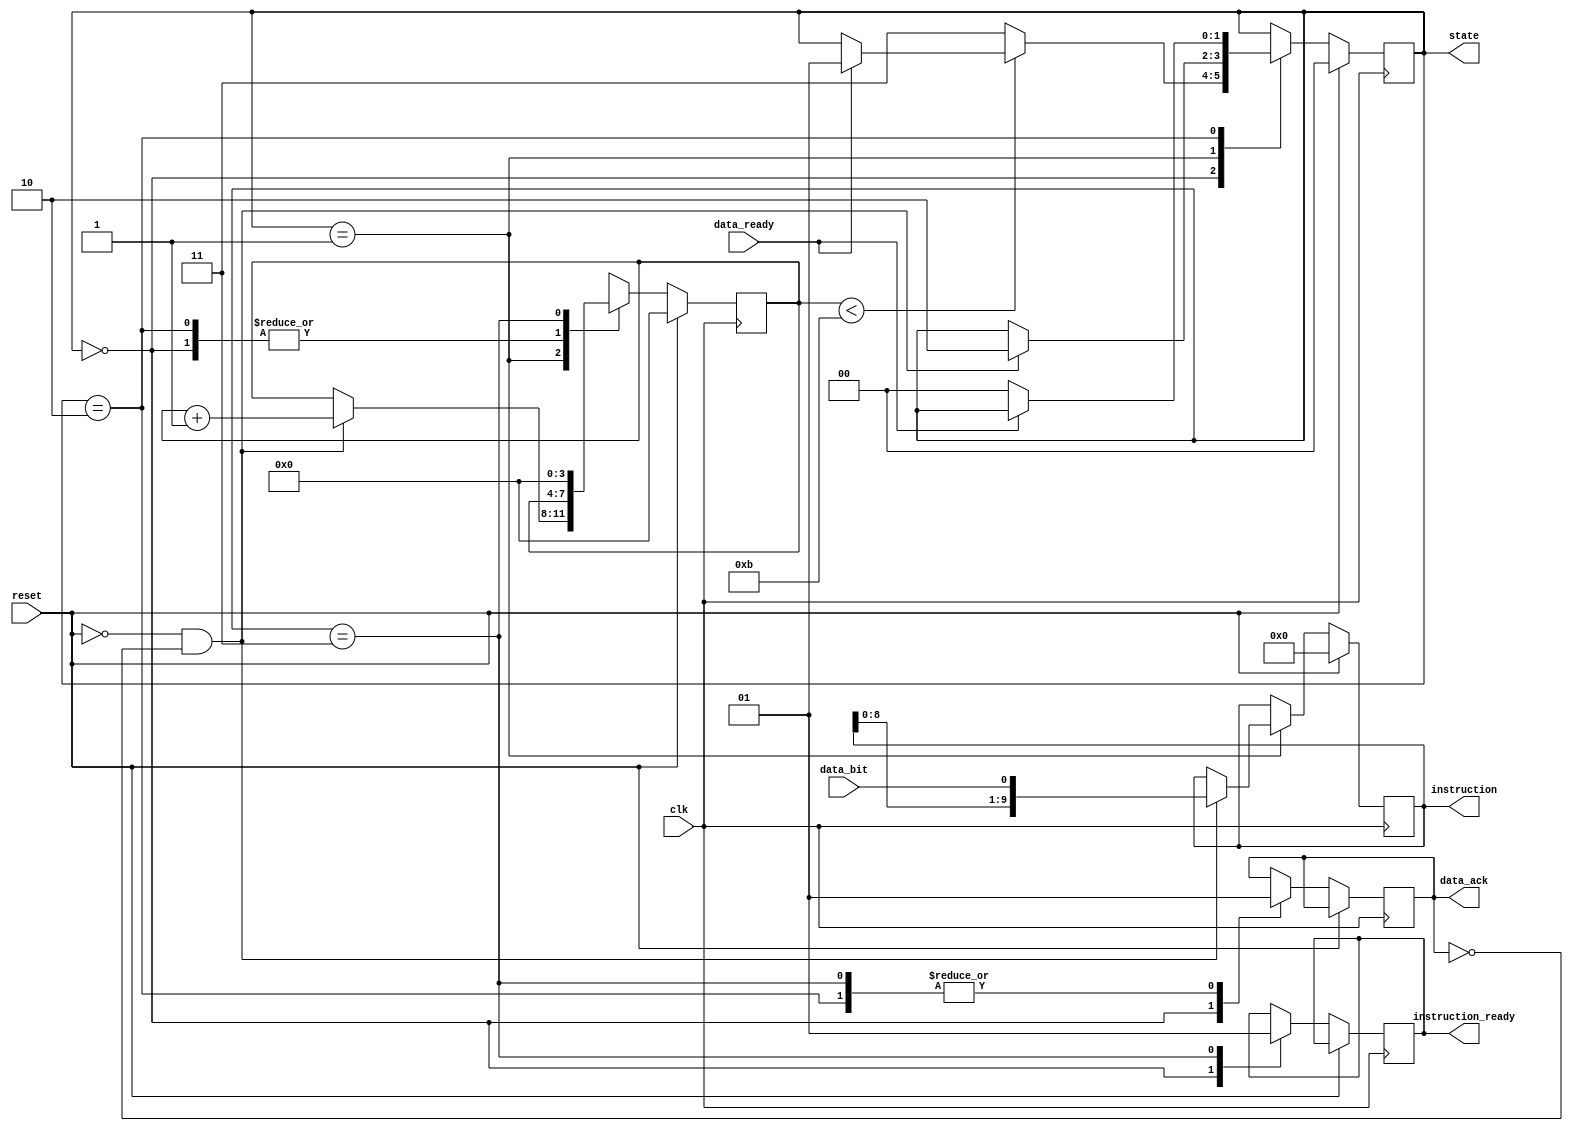
module Instruction3 
(
	input	clk, data_ready, data_bit, reset,
	output reg instruction_ready, data_ack,
	output reg[9:0] instruction,
	output reg[1:0] state
); //Writing instruction type 3, hopefully this time it's okay, leave debug features on for now

/* 4-step description of handshake:
	Have data_ready on MBED
	FPGA reads 1 bit from data line
	FPGA sends data_ack(nowledged)
	The data_ready goes low on MBED as soon as it sees ack signal
	_____________________________________________________________
	
	FPGA just gets the bits too fast otherwise, causes race condition
*/

//reg[1:0] state;
parameter counting = 0, receive = 1, acknowledge = 2, complete = 3;
reg[3:0] counter;

always @ (posedge clk) begin
if(reset) begin
	instruction <= 0;
	counter <= 0;
	state <= counting;
end

else begin

	case(state)
		
		counting : begin 		//State 0

			instruction_ready <= 0;
			data_ack <= 0;
			
			if(!reset) begin
				if(counter < 11) begin
					if(data_ready == 1) begin
						
						state <= receive; //wait here until data_ready = 1
					end
				end
			
				else state <= complete;
			end
			
		end
		
		receive : begin 		//State 1
		
			if(!reset && !data_ack) begin
			
				instruction <= {instruction[8:0], data_bit};
				counter = counter + 1;
				
				state <= acknowledge;
				
			end
			
		end
		
		acknowledge : begin 	//State 2
		
			data_ack <= 1;
				
			if(!data_ready) begin 
				state <= counting;
			end
			
		end
		
		complete : begin 		//State 3
		
			if(!reset) begin
				instruction_ready <= 1;
				data_ack <= 1;
				counter <= 0;
			end
			
		end
		
		default: state <= counting;
		
		endcase
	
	end //end else
	
end //end always
	

endmodule